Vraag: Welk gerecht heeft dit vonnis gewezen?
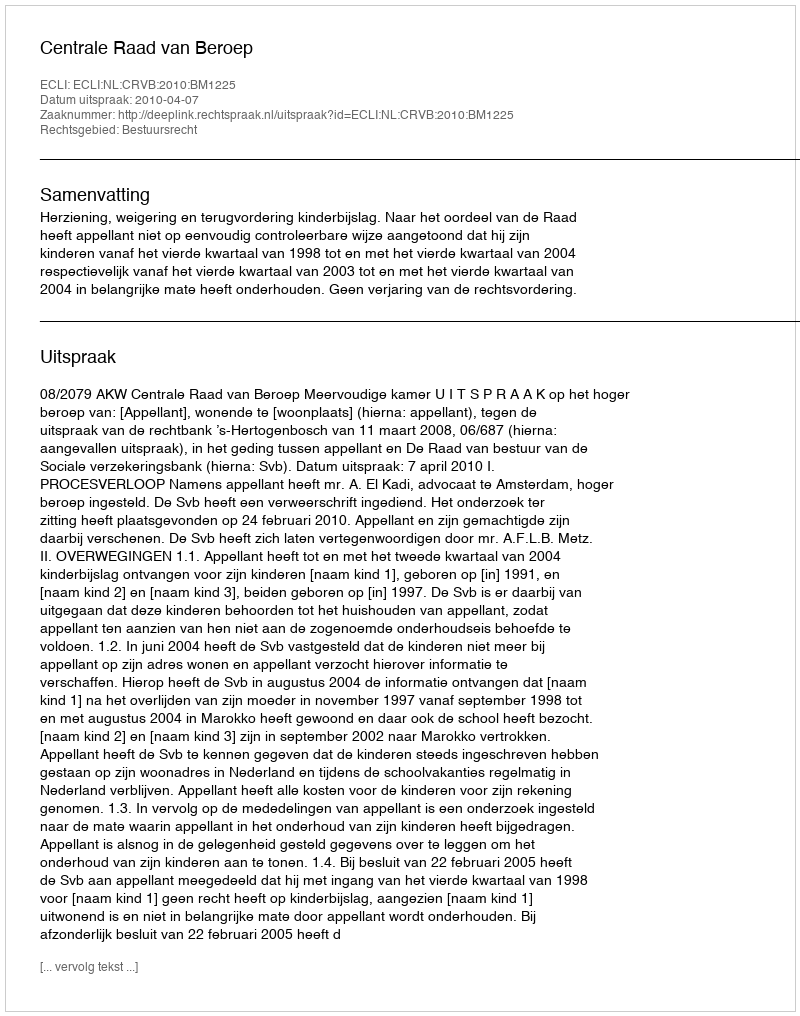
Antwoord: Centrale Raad van Beroep